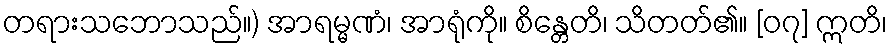
တရားသဘောသည်။) အာရမ္မဏံ၊ အာရုံကို။ စိန္တေတိ၊ သိတတ်၏။ [၀၇] ဣတိ၊